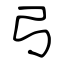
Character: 弓